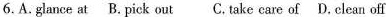
6.A. glance at B. pick out C. take care of D. clean off